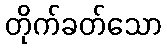
တိုက်ခတ်သော